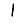
Digit: 1